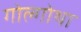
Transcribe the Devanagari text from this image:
गोल्गोथा